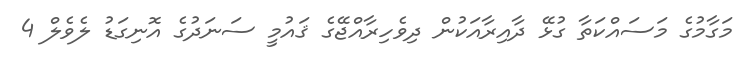
މަގާމުގެ މަސައްކަތާ ގުޅޭ ދާއިރާއަކުން ދިވެހިރާއްޖޭގެ ޤައުމީ ސަނަދުގެ އޮނިގަޑު ލެވެލް 4